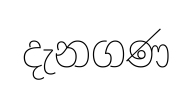
දැනගණ